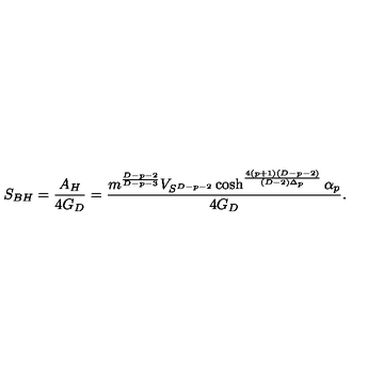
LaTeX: S _ { B H } = { \frac { A _ { H } } { 4 G _ { D } } } = { \frac { m ^ { \frac { D - p - 2 } { D - p - 3 } } V _ { S ^ { D - p - 2 } } \cosh ^ { \frac { 4 ( p + 1 ) ( D - p - 2 ) } { ( D - 2 ) \Delta _ { p } } } \alpha _ { p } } { 4 G _ { D } } } .